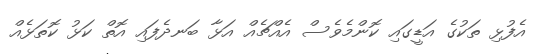
އެފުޅި ތަކުގެ އަޑީގައި ކޮންމެވެސް އެއްޗެއް އަޅާ ބަނދެފައި އޮތް ކަޅު ކޮތަޅެއް